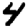
Digit: 4